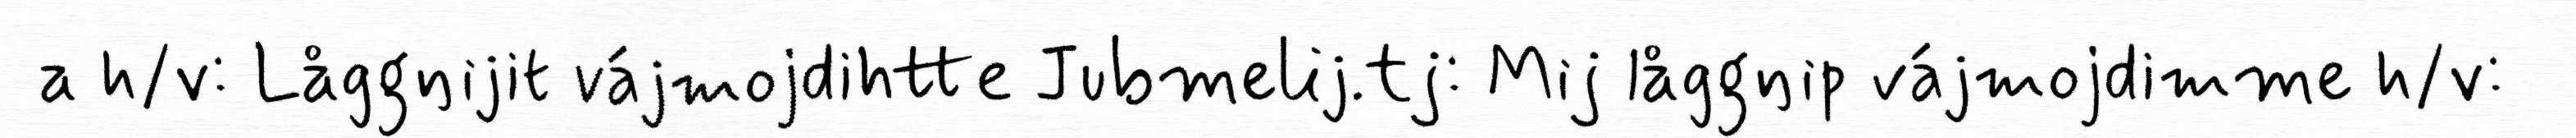
a h/v: Låggŋijit vájmojdihtte Jubmelij.tj: Mij låggŋip vájmojdimme h/v: